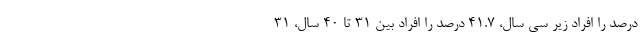
درصد را افراد زیر سی سال، ۴۱.۷ درصد را افراد بین ۳۱ تا ۴۰ سال، ۳۱